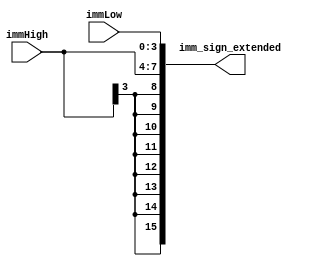
`timescale 1ns / 1ps
//////////////////////////////////////////////////////////////////////////////////
// Company: 
// Engineer: 
// 
// Design Name: 
// Module Name:    Sign_Ex_Test 
// Project Name: 
// Target Devices: 
// Tool versions: 
// Description: 
//
// Dependencies: 
//
// Revision: 
// Revision 0.01 - File Created
// Additional Comments: 
//
//////////////////////////////////////////////////////////////////////////////////
 
    

module Sign_Ex_Test(immLow, immHigh, imm_sign_extended);

	
	
      
	output [15:0] imm_sign_extended; // 16-bit output
   input [3:0] immLow ;
	input [3:0] immHigh;
	
	wire [7:0]a;
	assign a = {immHigh,immLow};
	assign imm_sign_extended ={{8{a[7]}}, a};
	
endmodule